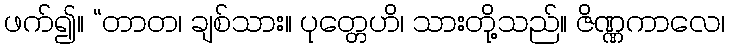
ဖက်၍။ “တာတ၊ ချစ်သား။ ပုတ္တေဟိ၊ သားတို့သည်။ ဇိဏ္ဏကာလေ၊